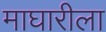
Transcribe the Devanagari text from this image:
माघारीला